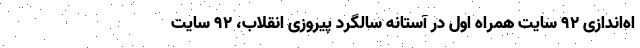
اه‌اندازی ٩٢ سایت همراه اول در آستانه سالگرد پیروزی انقلاب، ٩٢ سایت